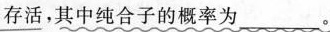
存活，其中纯合子的概率为___。